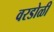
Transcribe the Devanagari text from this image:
वरडोळी